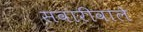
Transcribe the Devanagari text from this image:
सवारीवाले